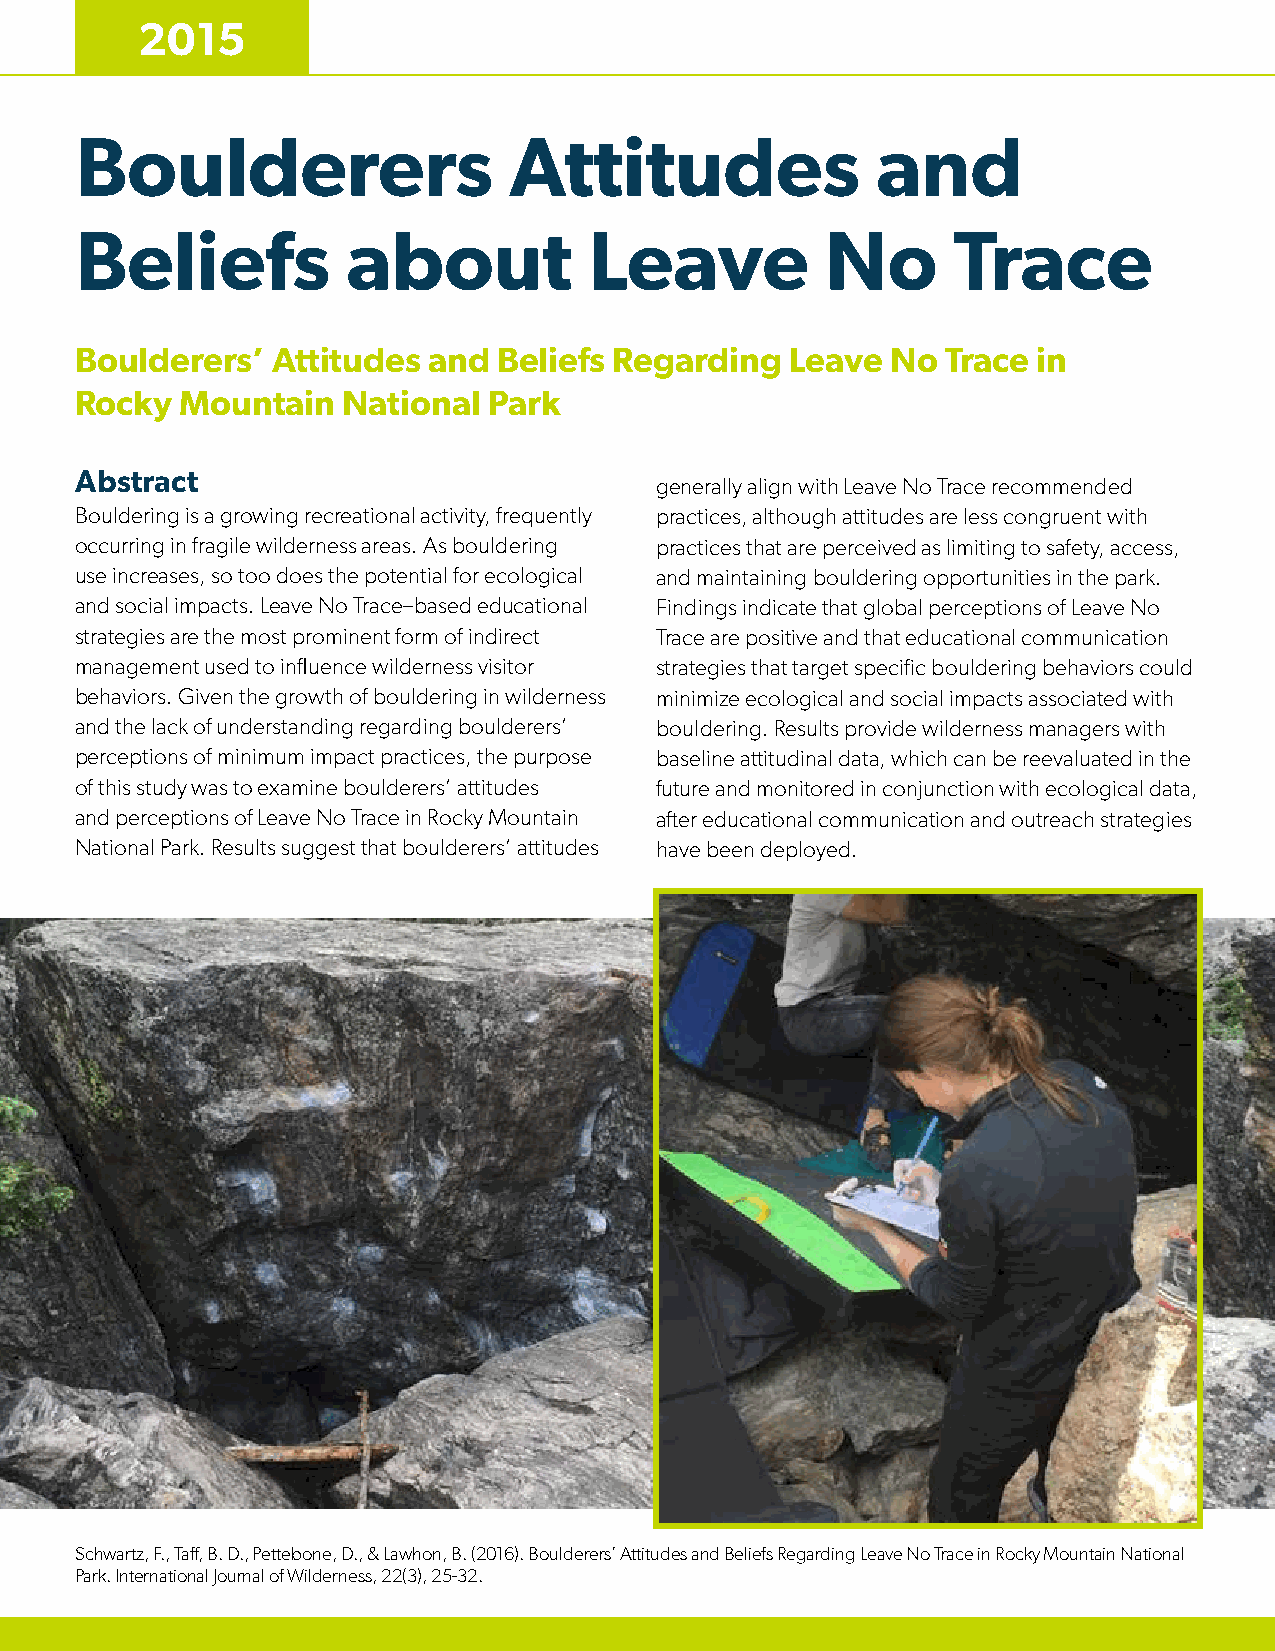
2015
 Boulderers                   Attitudes               and
 Beliefs           about           Leave           No      Trace
 Boulderers’  Attitudes and  Beliefs Regarding  Leave  No  Trace in
 Rocky  Mountain   National Park
 Abstract
 generally align with Leave No Trace recommended
 Bouldering is a growing recreational activity, frequently practices, although attitudes are less congruent with
 occurring in fragile wilderness areas. As bouldering practices that are perceived as limiting to safety, access,
 use increases, so too does the potential for ecological and maintaining bouldering opportunities in the park.
 and social impacts. Leave No Trace–based educational Findings indicate that global perceptions of Leave No
 strategies are the most prominent form of indirect Trace are positive and that educational communication
 management used to influence wilderness visitor strategies that target specific bouldering behaviors could
 behaviors. Given the growth of bouldering in wilderness minimize ecological and social impacts associated with
 and the lack of understanding regarding boulderers’ bouldering. Results provide wilderness managers with
 perceptions of minimum impact practices, the purpose baseline attitudinal data, which can be reevaluated in the
 of this study was to examine boulderers’ attitudes future and monitored in conjunction with ecological data,
 and perceptions of Leave No Trace in Rocky Mountain after educational communication and outreach strategies
 National Park. Results suggest that boulderers’ attitudes have been deployed.
 Schwartz, F., Taff, B. D., Pettebone, D., & Lawhon, B. (2016). Boulderers’ Attitudes and Beliefs Regarding Leave No Trace in Rocky Mountain National
 Park. International Journal of Wilderness, 22(3), 25-32.